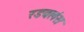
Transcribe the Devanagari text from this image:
रडवलंस